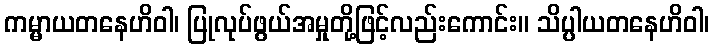
ကမ္မာယတနေဟိဝါ၊ ပြုလုပ်ဖွယ်အမှုတို့ဖြင့်လည်းကောင်း။ သိပ္ပါယတနေဟိဝါ၊